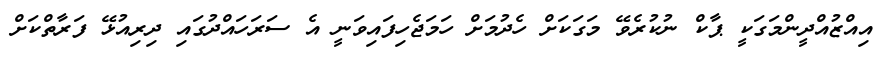
އިއްޒުއްދީންމަގަކީ ޕާކް ނުކުރެވޭ މަގަކަށް ހެދުމަށް ހަމަޖެހިފައިވަނީ އެ ސަރަހައްދުގައި ދިރިއުޅޭ ފަރާތްކަށް